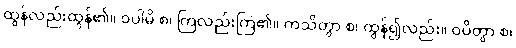
ထွန်လည်းထွန်၏။ ဝပါမိ စ၊ ကြဲလည်းကြဲ၏။ ကသိတွာ စ၊ ထွန်၍လည်း။ ဝပိတွာ စ၊